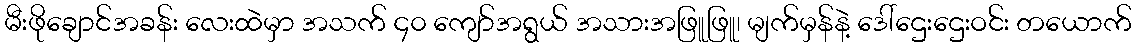
မီးဖိုချောင်အခန်း လေးထဲမှာ အသက် ၄၀ ကျော်အရွယ် အသားအဖြူဖြူ၊ မျက်မှန်နဲ့ ဒေါ်ဌေးဌေးဝင်း တယောက်